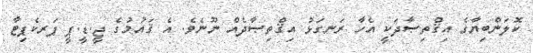
ކޮލަންބިޔާގެ އިޤްތިޞާދަކީ އެހާ ރަނގަޅު އިޤްތިޞާދެއް ނޫނެވެ. އެ ޤައުމުގެ ޖީ.ޑީ.ޕީ ޕަރކެޕިޓާ